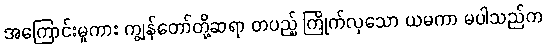
အကြောင်းမူကား ကျွန်တော်တို့ဆရာ တပည့် ကြိုက်လှသော ယမကာ မပါသည်က